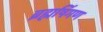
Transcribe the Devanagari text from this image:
ब्रह्मर्षिगण